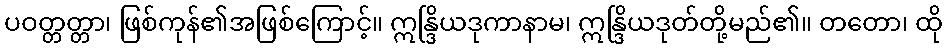
ပဝတ္တတ္တာ၊ ဖြစ်ကုန်၏အဖြစ်ကြောင့်။ ဣန္ဒြိယဒုကာနာမ၊ ဣန္ဒြိယဒုတ်တို့မည်၏။ တတော၊ ထို